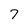
Character: 7